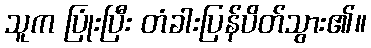
သူက ပြုံးပြီး တံခါးပြန်ပိတ်သွား၏။